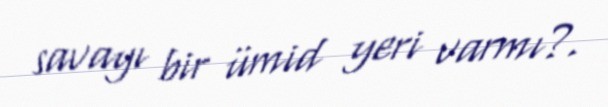
savayı bir ümid yeri varmı?.